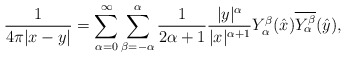
\begin{align*}\frac{1}{4\pi |x-y|}=\sum_{\alpha=0}^\infty\sum_{\beta=-\alpha}^\alpha \frac{1}{2\alpha+1}\frac{|y|^\alpha}{|x|^{\alpha+1}} Y_\alpha^\beta(\hat x) \overline{Y_\alpha^\beta}(\hat y),\end{align*}